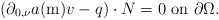
\begin{align*}\left(\partial_{0,\nu}a(\mathrm{m})v-q\right)\cdot N=0\mbox{ on }\partial\Omega.\end{align*}